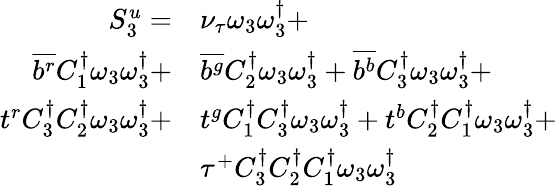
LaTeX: \begin{array}{rl}{S_{3}^{u}=}&{{\nu_{\tau}}\omega_{3}\omega_{3}^{\dagger}+}\\ {\overline{{b^{r}}}{C_{1}^{\dagger}}\omega_{3}\omega_{3}^{\dagger}+}&{\overline{{b^{g}}}{C_{2}^{\dagger}}\omega_{3}\omega_{3}^{\dagger}+\overline{{b^{b}}}{C_{3}^{\dagger}}\omega_{3}\omega_{3}^{\dagger}+}\\ {t^{r}{C_{3}^{\dagger}}{C_{2}^{\dagger}}\omega_{3}\omega_{3}^{\dagger}+}&{t^{g}{C_{1}^{\dagger}}{C_{3}^{\dagger}}\omega_{3}\omega_{3}^{\dagger}+t^{b}{C_{2}^{\dagger}}{C_{1}^{\dagger}}\omega_{3}\omega_{3}^{\dagger}+}\\ &{\tau^{+}{C_{3}^{\dagger}}{C_{2}^{\dagger}}{C_{1}^{\dagger}}\omega_{3}\omega_{3}^{\dagger}}\end{array}